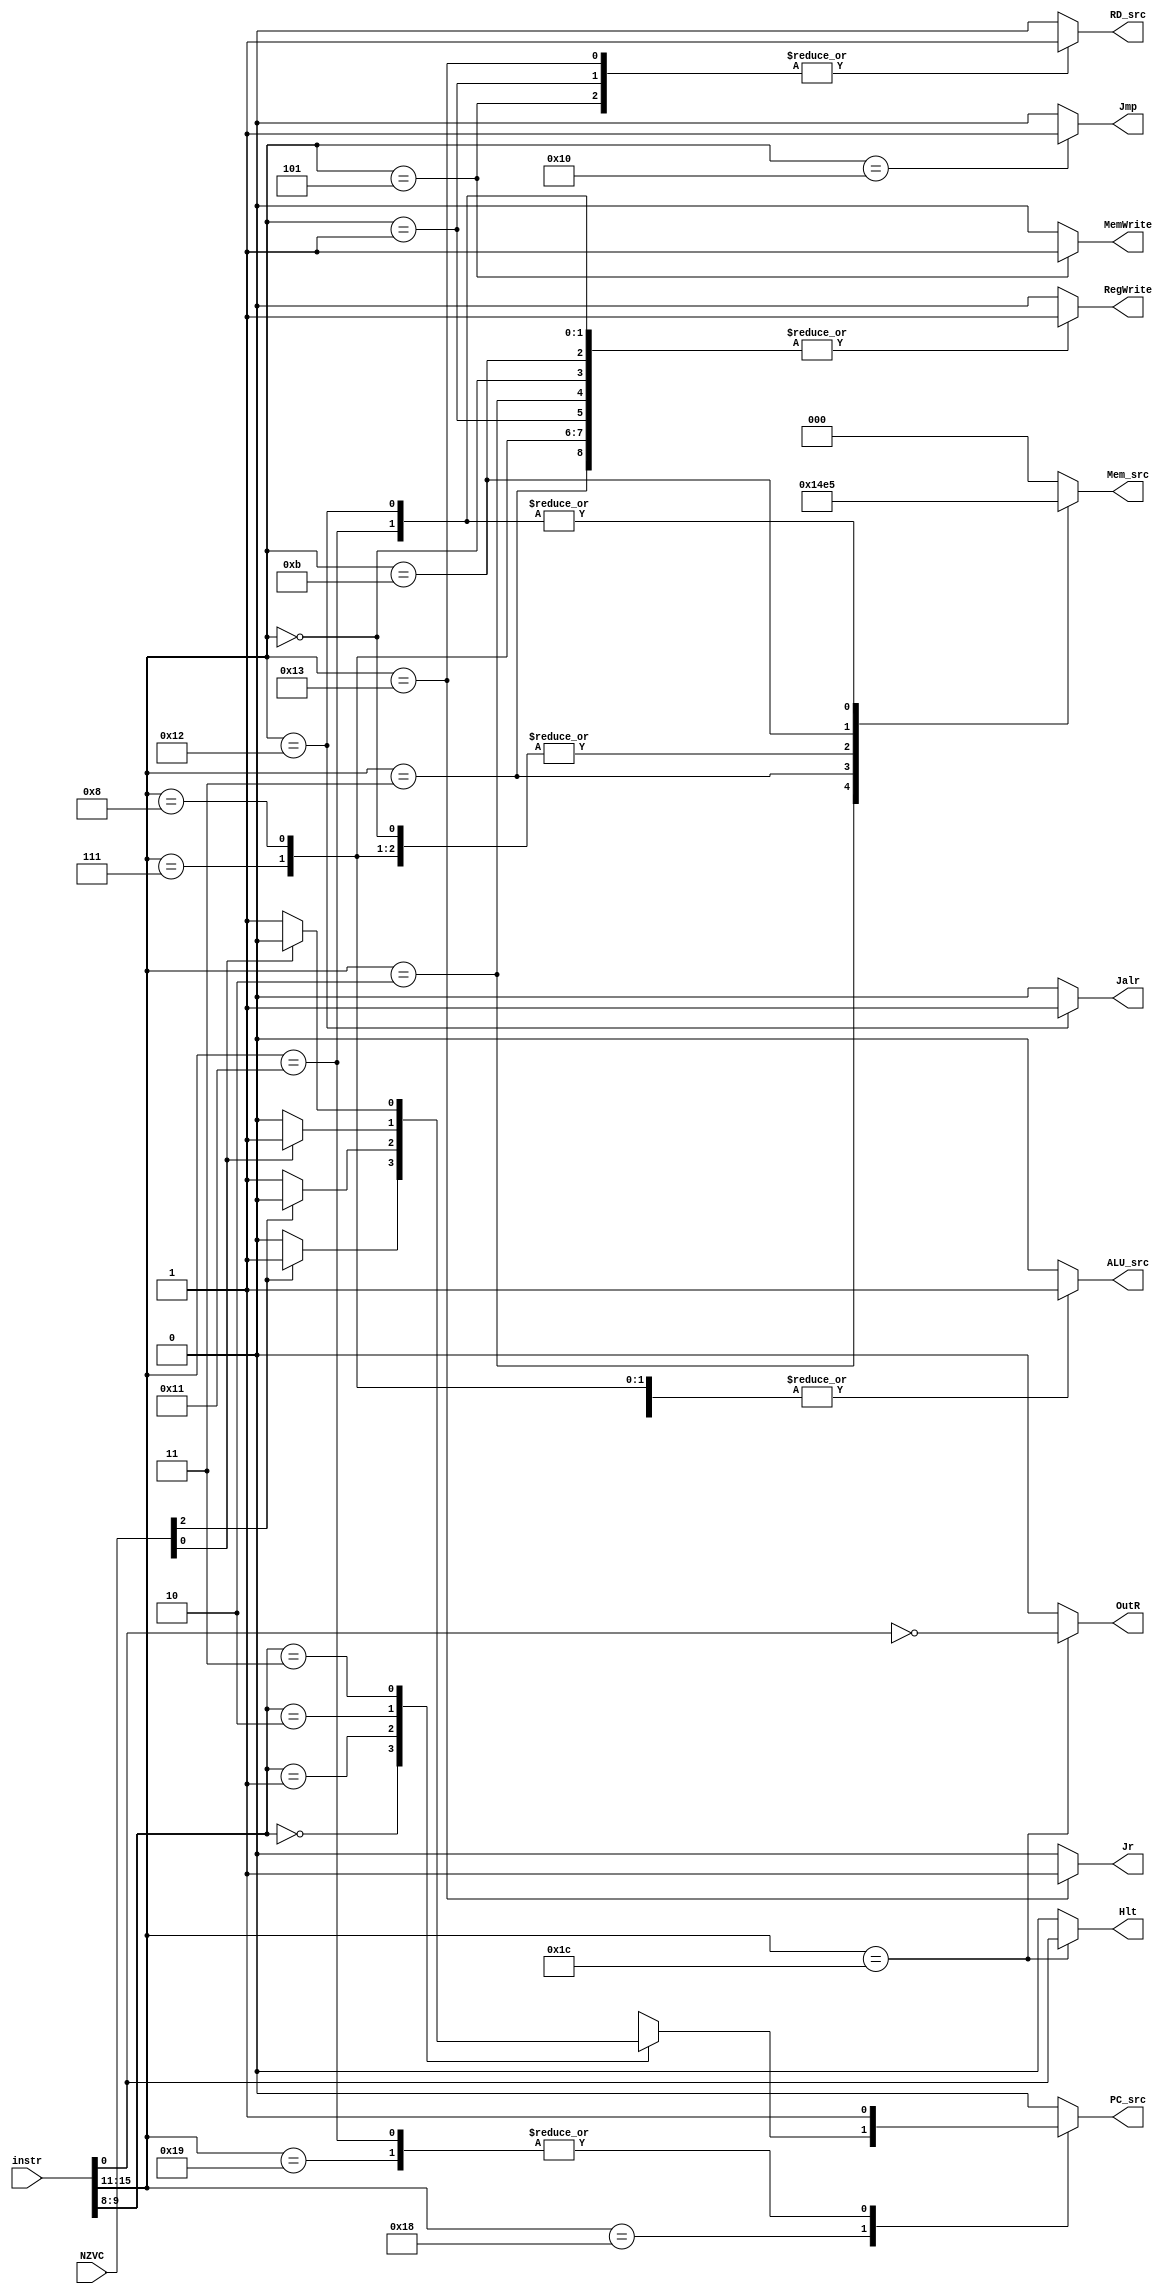
module Controller
(
    instr,
    ALU_src,
    RegWrite,
    MemWrite,
    RD_src,
    Mem_src,
    PC_src,
    Jmp,
    Jalr,
    Jr,
    OutR,
    Hlt,
    NZVC
);
//*****************************************************************************
    // Parameters declaration
    // Operation codes
    localparam LHI  = 5'b00001; 
    localparam LLI  = 5'b00010; 
    localparam LDR  = 5'b00011; 
    localparam STR  = 5'b00101; 
    localparam ALU  = 5'b00000; 
    localparam CMP  = 5'b00110; 
    localparam ADDI = 5'b00111; 
    localparam SUBI = 5'b01000; 
    localparam MOV  = 5'b01011; 
    localparam BRN  = 5'b11000;
    localparam BAL  = 5'b11001;
    localparam JMP  = 5'b10000;
    localparam JAL  = 5'b10001;
    localparam JALR = 5'b10010;
    localparam JR   = 5'b10011;
    localparam OUT  = 5'b11100;

    // I/O port declaration
    input  wire [16-1:0] instr; // Instruction opcode
    input  wire [   3:0] NZVC;
    output reg ALU_src;
    output reg RegWrite;
    output reg MemWrite;
    output reg RD_src;
    output reg [2:0] Mem_src;
    output reg PC_src;
    output reg Jmp;
    output reg Jalr;
    output reg Jr;
    output reg OutR;
    output reg Hlt;

//*****************************************************************************
// Block: Control Singal Decoder
    always @(*)
    begin
        case (instr[15:11]) // Acturally use 5 bits
        ///////////////////////////////////////////////////////////////////////////
        // Solve the truth table
        ///////////////////////////////////////////////////////////////////////////
        // opcode | RegWrite | ALU_src | MemWrite |  Mem_src | RD_src | Jmp | Jalr | Jr |   OutR  |   Hlt   |
        // -------+----------+---------+----------+----------+--------+-----+------+----|---------+---------+-----
        //  00001 |     1    |    0    |    0     |    000   |    1   |  0  |   0  |  0 |    0    |    0    | LHI
        //  00010 |     1    |    0    |    0     |    001   |    0   |  0  |   0  |  0 |    0    |    0    | LLI
        //  00011 |     1    |    1    |    0     |    010   |    0   |  0  |   0  |  0 |    0    |    0    | LDR
        //  00101 |     0    |    1    |    1     |    000   |    1   |  0  |   0  |  0 |    0    |    0    | STR
        //  00000 |     0    |    0    |    0     |    011   |    0   |  0  |   0  |  0 |    0    |    0    | ALU
        //  00110 |     0    |    0    |    0     |    000   |    0   |  0  |   0  |  0 |    0    |    0    | CMP
        //  00111 |     1    |    1    |    0     |    011   |    0   |  0  |   0  |  0 |    0    |    0    | ADDI
        //  01000 |     1    |    1    |    0     |    011   |    0   |  0  |   0  |  0 |    0    |    0    | SUBI
        //  01011 |     1    |    0    |    0     |    100   |    0   |  0  |   0  |  0 |    0    |    0    | MOV
        //  11000 |     0    |    0    |    0     |    000   |    0   |  0  |   0  |  0 |    0    |    0    | BRN
        //  11001 |     0    |    0    |    0     |    000   |    0   |  0  |   0  |  0 |    0    |    0    | BAL
        //  10000 |     0    |    0    |    0     |    000   |    0   |  1  |   0  |  0 |    0    |    0    | JMP
        //  10001 |     1    |    0    |    0     |    101   |    0   |  0  |   0  |  0 |    0    |    0    | JAL
        //  10010 |     1    |    0    |    0     |    101   |    0   |  0  |   1  |  0 |    0    |    0    | JALR
        //  10011 |     0    |    0    |    0     |    000   |    1   |  0  |   0  |  1 |    0    |    0    | JR
        //  11100 |     0    |    0    |    0     |    000   |    0   |  0  |   0  |  0 |~instr[0]| instr[0]| OUT
        ///////////////////////////////////////////////////////////////////////////
        // opcode | instr[9:8] | Z | C | PC_src |
        // -------+------------+---+---+--------+
        //  11000 |     00     | 1 | x |    1   |
        //  11000 |     01     | 0 | x |    1   |
        //  11000 |     10     | x | 1 |    1   |
        //  11000 |     11     | x | 0 |    1   |
        //  11001 |     xx     | x | x |    1   |
        //  10001 |     xx     | x | x |    1   |
        ///////////////////////////////////////////////////////////////////////////

            LHI :
            begin
                ALU_src   = 1'b0;
                RegWrite  = 1'b1;
                MemWrite  = 1'b0;
                RD_src    = 1'b1;
                Mem_src   = 3'b000;
                PC_src    = 1'b0;
                Jmp       = 1'b0;
                Jalr      = 1'b0;
                Jr        = 1'b0;
                OutR      = 1'b0;
                Hlt       = 1'b0;
            end
            LLI :
            begin
                ALU_src   = 1'b0;
                RegWrite  = 1'b1;
                MemWrite  = 1'b0;
                RD_src    = 1'b0;
                Mem_src   = 3'b001;
                PC_src    = 1'b0;
                Jmp       = 1'b0;
                Jalr      = 1'b0;
                Jr        = 1'b0;
                OutR      = 1'b0;
                Hlt       = 1'b0;
            end
            LDR :
            begin
                ALU_src   = 1'b1;
                RegWrite  = 1'b1;
                MemWrite  = 1'b0;
                RD_src    = 1'b0;
                Mem_src   = 3'b010;
                PC_src    = 1'b0;
                Jmp       = 1'b0;
                Jalr      = 1'b0;
                Jr        = 1'b0;
                OutR      = 1'b0;
                Hlt       = 1'b0;
            end
            STR :
            begin
                ALU_src   = 1'b1;
                RegWrite  = 1'b0;
                MemWrite  = 1'b1;
                RD_src    = 1'b1;
                Mem_src   = 3'b000;
                PC_src    = 1'b0;
                Jmp       = 1'b0;
                Jalr      = 1'b0;
                Jr        = 1'b0;
                OutR      = 1'b0;
                Hlt       = 1'b0;
            end
            ALU :
            begin
                ALU_src   = 1'b0;
                RegWrite  = 1'b1;
                MemWrite  = 1'b0;
                RD_src    = 1'b0;
                Mem_src   = 3'b011;
                PC_src    = 1'b0;
                Jmp       = 1'b0;
                Jalr      = 1'b0;
                Jr        = 1'b0;
                OutR      = 1'b0;
                Hlt       = 1'b0;
            end
            CMP :
            begin
                ALU_src   = 1'b0;
                RegWrite  = 1'b0;
                MemWrite  = 1'b0;
                RD_src    = 1'b0;
                Mem_src   = 3'b000;
                PC_src    = 1'b0;
                Jmp       = 1'b0;
                Jalr      = 1'b0;
                Jr        = 1'b0;
                OutR      = 1'b0;
                Hlt       = 1'b0;
            end
            ADDI:
            begin
                ALU_src   = 1'b1;
                RegWrite  = 1'b1;
                MemWrite  = 1'b0;
                RD_src    = 1'b0;
                Mem_src   = 3'b011;
                PC_src    = 1'b0;
                Jmp       = 1'b0;
                Jalr      = 1'b0;
                Jr        = 1'b0;
                OutR      = 1'b0;
                Hlt       = 1'b0;
            end
            SUBI:
            begin
                ALU_src   = 1'b1;
                RegWrite  = 1'b1;
                MemWrite  = 1'b0;
                RD_src    = 1'b0;
                Mem_src   = 3'b011;
                PC_src    = 1'b0;
                Jmp       = 1'b0;
                Jalr      = 1'b0;
                Jr        = 1'b0;
                OutR      = 1'b0;
                Hlt       = 1'b0;
            end
            MOV :
            begin
                ALU_src   = 1'b0;
                RegWrite  = 1'b1;
                MemWrite  = 1'b0;
                RD_src    = 1'b0;
                Mem_src   = 3'b100;
                PC_src    = 1'b0;
                Jmp       = 1'b0;
                Jalr      = 1'b0;
                Jr        = 1'b0;
                OutR      = 1'b0;
                Hlt       = 1'b0;
            end
            BRN :
            begin
                ALU_src   = 1'b0;
                RegWrite  = 1'b0;
                MemWrite  = 1'b0;
                RD_src    = 1'b0;
                Mem_src   = 3'b000;
                Jmp       = 1'b0;
                Jalr      = 1'b0;
                Jr        = 1'b0;
                OutR      = 1'b0;
                Hlt       = 1'b0;
                case (instr[9:8])
                    2'b00:  PC_src = ( NZVC[2]) ? 1'b1 : 1'b0;
                    2'b01:  PC_src = (!NZVC[2]) ? 1'b1 : 1'b0;
                    2'b10:  PC_src = ( NZVC[0]) ? 1'b1 : 1'b0;
                    2'b11:  PC_src = (!NZVC[0]) ? 1'b1 : 1'b0;
                    default:PC_src = 1'b0;
                endcase
            end
            BAL :
            begin
                ALU_src   = 1'b0;
                RegWrite  = 1'b0;
                MemWrite  = 1'b0;
                RD_src    = 1'b0;
                Mem_src   = 3'b000;
                PC_src    = 1'b1;
                Jmp       = 1'b0;
                Jalr      = 1'b0;
                Jr        = 1'b0;
                OutR      = 1'b0;
                Hlt       = 1'b0;
            end
            JMP :
            begin
                ALU_src   = 1'b0;
                RegWrite  = 1'b0;
                MemWrite  = 1'b0;
                RD_src    = 1'b0;
                Mem_src   = 3'b000;
                PC_src    = 1'b0;
                Jmp       = 1'b1;
                Jalr      = 1'b0;
                Jr        = 1'b0;
                OutR      = 1'b0;
                Hlt       = 1'b0;
            end
            JAL :
            begin
                ALU_src   = 1'b0;
                RegWrite  = 1'b1;
                MemWrite  = 1'b0;
                RD_src    = 1'b0;
                Mem_src   = 3'b101;
                PC_src    = 1'b1;
                Jmp       = 1'b0;
                Jalr      = 1'b0;
                Jr        = 1'b0;
                OutR      = 1'b0;
                Hlt       = 1'b0;
            end
            JALR:
            begin
                ALU_src   = 1'b0;
                RegWrite  = 1'b1;
                MemWrite  = 1'b0;
                RD_src    = 1'b0;
                Mem_src   = 3'b101;
                PC_src    = 1'b0;
                Jmp       = 1'b0;
                Jalr      = 1'b1;
                Jr        = 1'b0;
                OutR      = 1'b0;
                Hlt       = 1'b0;
            end
            JR  :
            begin
                ALU_src   = 1'b0;
                RegWrite  = 1'b0;
                MemWrite  = 1'b0;
                RD_src    = 1'b1;
                Mem_src   = 3'b000;
                PC_src    = 1'b0;
                Jmp       = 1'b0;
                Jalr      = 1'b0;
                Jr        = 1'b1;
                OutR      = 1'b0;
                Hlt       = 1'b0;
            end
            OUT :
            begin
                ALU_src   = 1'b0;
                RegWrite  = 1'b0;
                MemWrite  = 1'b0;
                RD_src    = 1'b0;
                Mem_src   = 3'b000;
                PC_src    = 1'b0;
                Jmp       = 1'b0;
                Jalr      = 1'b0;
                Jr        = 1'b0;
                OutR      = ~instr[0];
                Hlt       =  instr[0];
            end
            default: // None
            begin
                ALU_src   = 1'b0;
                RegWrite  = 1'b0;
                MemWrite  = 1'b0;
                RD_src    = 1'b0;
                Mem_src   = 3'b000;
                PC_src    = 1'b0;
                Jmp       = 1'b0;
                Jalr      = 1'b0;
                Jr        = 1'b0;
                OutR      = 1'b0;
                Hlt       = 1'b0;
            end
        endcase
    end
//*****************************************************************************
endmodule